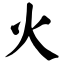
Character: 火